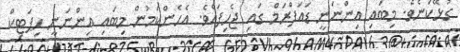
ގުޅޭކަނެވެ. މިބައި އިންނަނީ ޑައަފްރަމް ގައި ޖެހިފައެވެ. އެހެންކަމުން މިބައި އިންނަނީ ހިޕަޓިކް